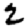
Digit: 2